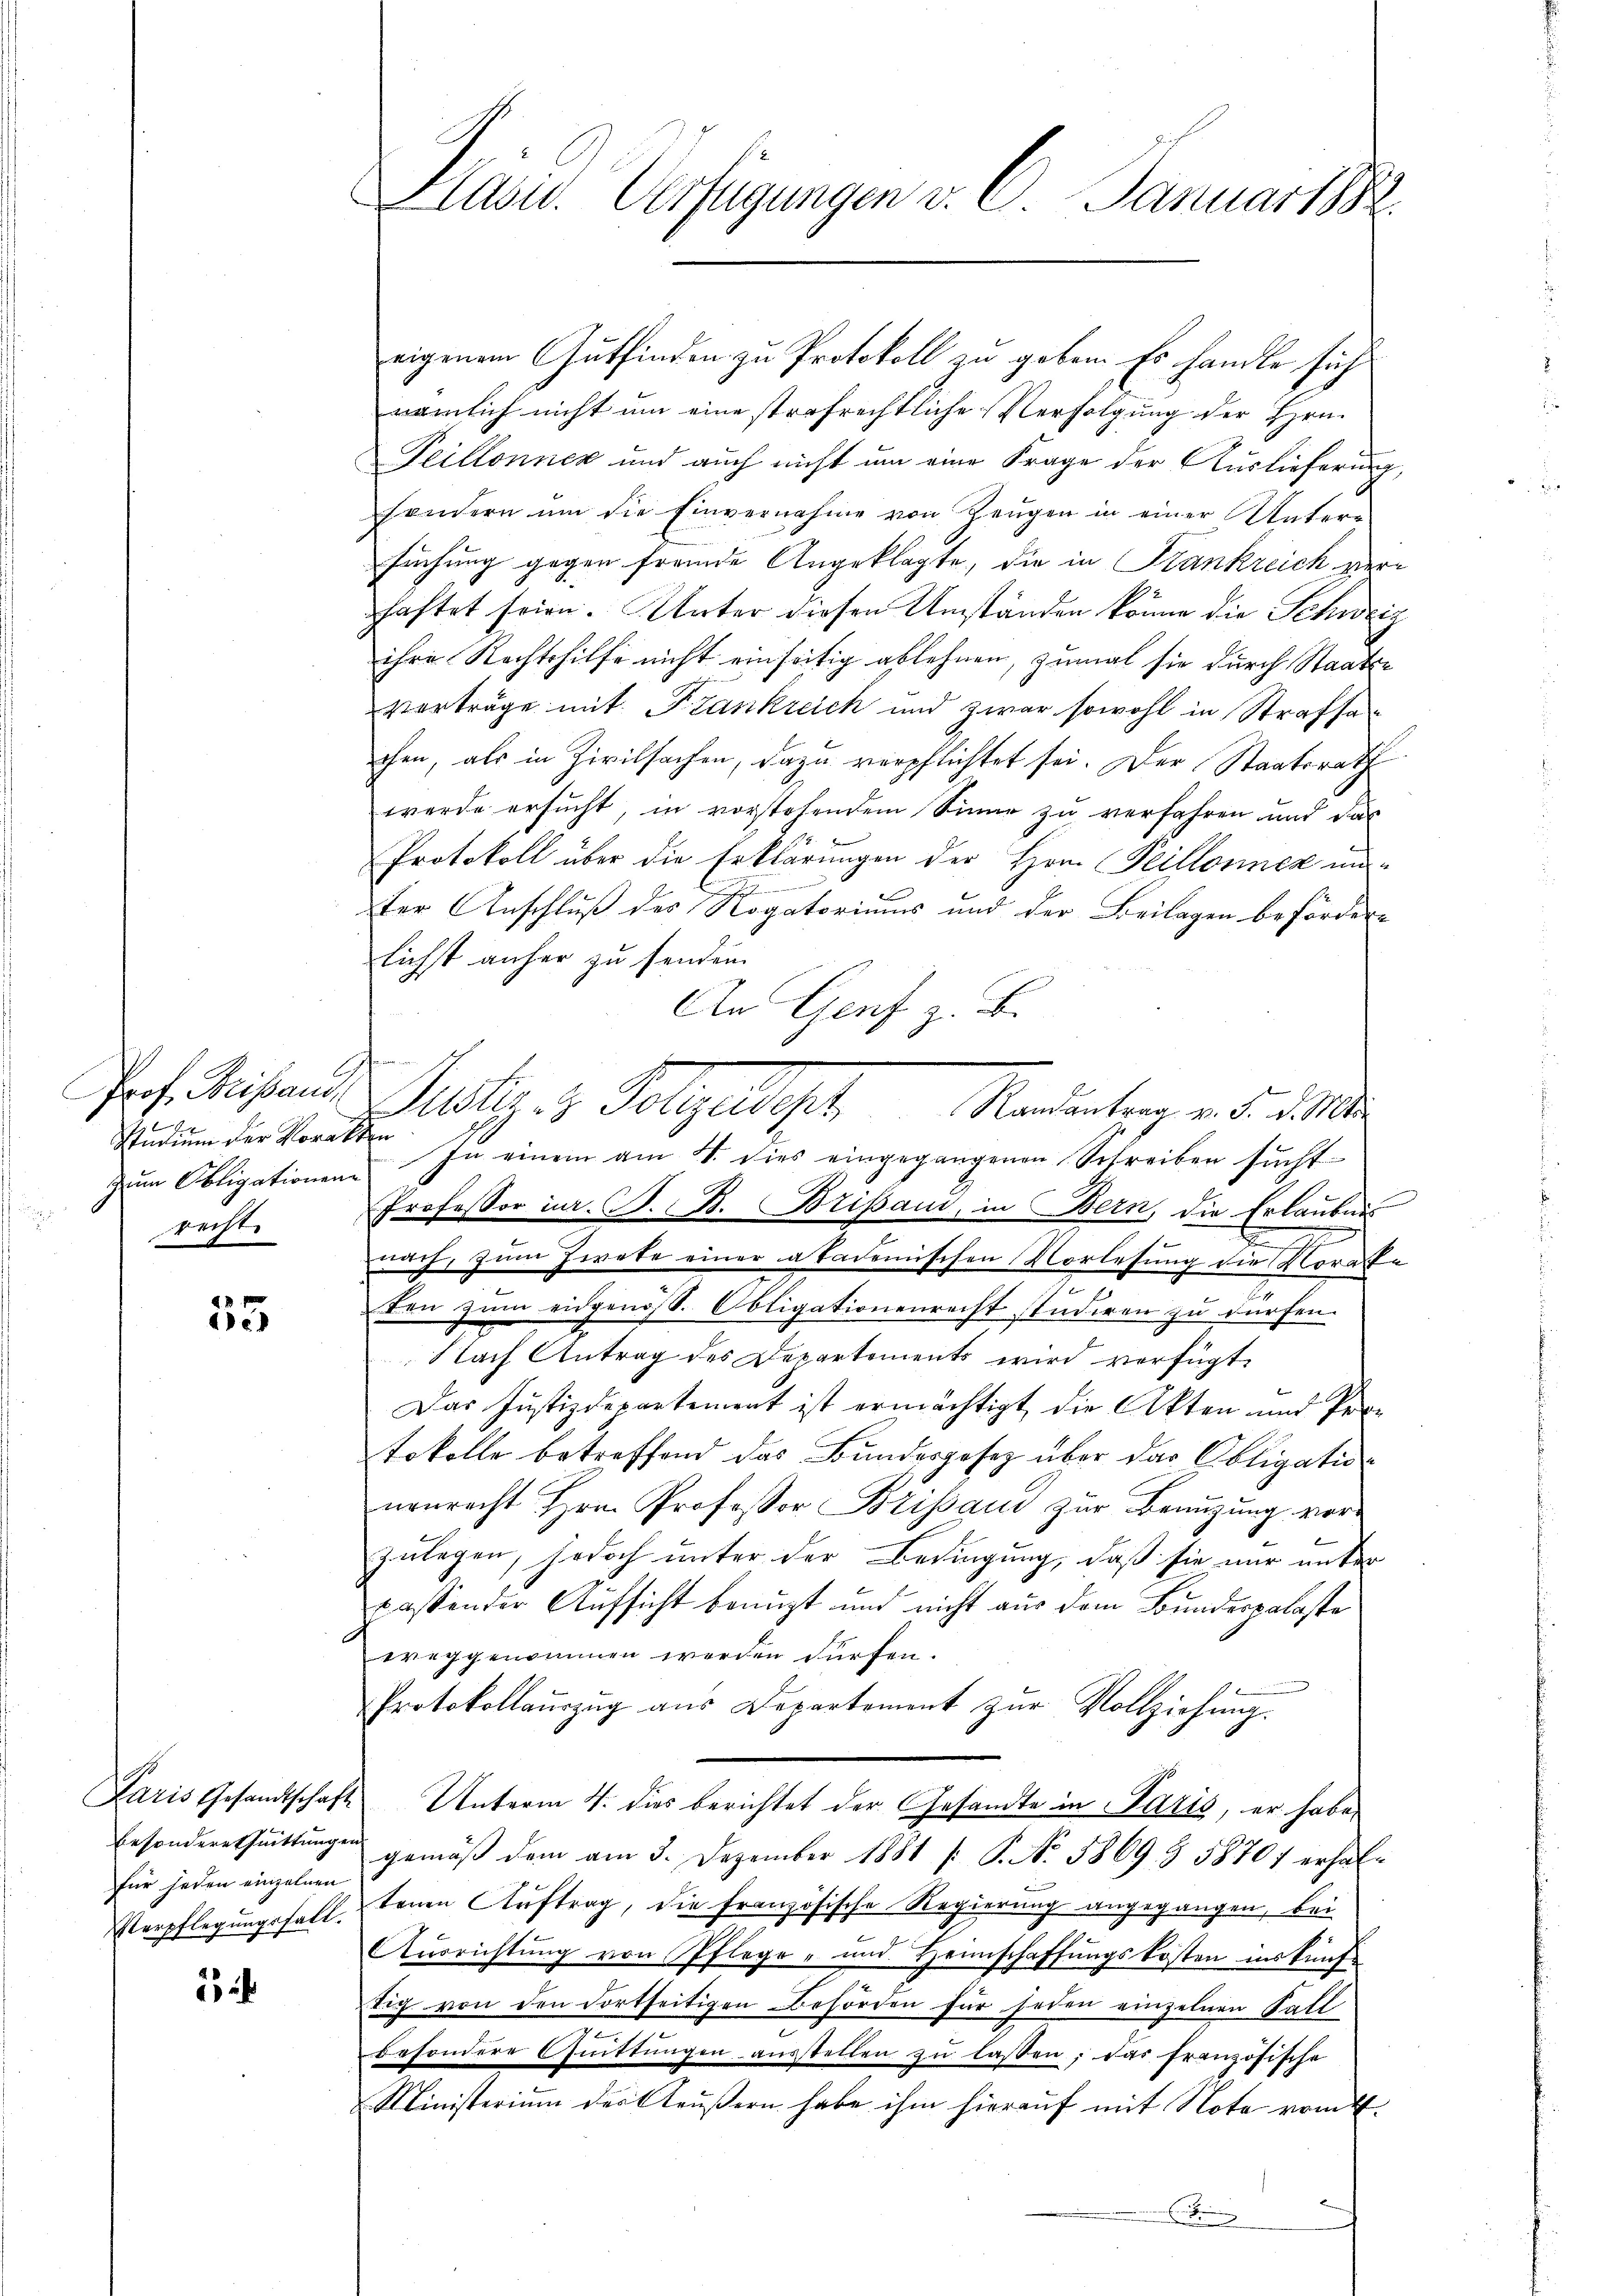
Prof. Beistand
Studium der Morakten
recht.

35

für jeden einzelnen
Verpflegungsfall.

Pläser Verfügungen v. C. Januar 188

eigenem Gutfinden zu Protokoll zu geben. Es handle sich
nämlich nicht um eine strafrechtliche Verfolgung der Hrn.
Teillonnen und auch nicht um eine Frage der Auslieferung,
sondern um die Einvernahme von Zeugen in einer Unter-
suchung gegen fremde Angeklagte, die in Stankreich verhaftet seien. Unter diesen Umständen könne die Schweiz
ihre Rechtshilfe nicht einseitig ablehnen, zumal sie durch Staats-
vorträge mit Frankreich und zwar sowohl in Strafsa
chen, als in Zivilsachen, dazu verpflichtet sei. Der Staatsrath
werde ersucht, in vorstehendem Sinne zu verfahren und das
Protokoll über die Erklärungen der Hrn. Peillosiner unter Anschluß des Rogatoriums und der Beilagen befördern
lichst anher zu senden.
An Genf z. B.
zŭm Obligationen. In einem am 4. dies eingegangenen Schreiben sŭcht
Professor iur. S. B. Brisau, in Bern, die Erlaubnis
E
.
nach, zum Zwete einer akademischen Vorlesung die Voraffe
den zŭm eidgenöss. Obligationenrecht studiren zŭ dürfen.
Nach Antrag des Departements wird verfügt,
Das Justizdepartement ist ermächtigt die Akten und Protokolle betreffend das Bundesgesetz über das Obligationenrecht Hrn. Professor Brissand zur Benuzung vorl
zulagen, jedoch unter der Bedingung, daß sie nur unter
passender Aufsicht benuzt und nicht aus dem Bundespalaste
wreggenommen werden dürfen.
Protokollaŭszŭg aŭs Departement zŭr Vollziehŭng.
Paris Gesandtschaft Unterm 4. dies berichtet der Gesandte in Paris, er habe,
Besondereshuittungen gemäβ dem am 3. Dezember 1881 /: P. No. 5869 & 58707 erhaltenen Auftrag, die französische Regierung angegangen, bei
Aŭsrichtŭng von Pflege - und Heimschaffŭngskosten ins fünf-
tig von den dortseitigen Behörden für jeden einzelnen Fall
besondere Gŭittŭngen aŭsstellen zŭ lassen, das französische
Ministerium des Aeußern habe ihm hierauf mit Note vom 4.
e

Justiz z. Folge gehe. Mordenten und d